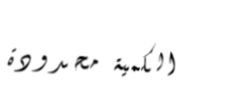
الكمية محدودة